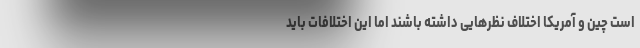
است چین و آمریکا اختلاف نظرهایی داشته باشند اما این اختلافات باید